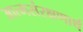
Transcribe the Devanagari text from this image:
आत्मसंरक्षणार्थ